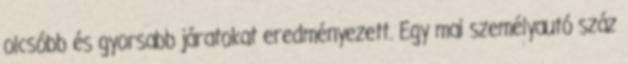
olcsóbb és gyorsabb járatokat eredményezett. Egy mai személyautó száz